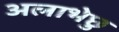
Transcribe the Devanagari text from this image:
अलाभेछु